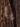
يا